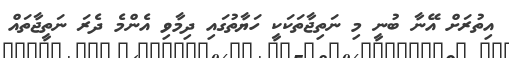
އިތުރަށް އޭނާ ބުނީ މި ނަތިޖާތަކަކީ ހަޔާތުގައި ދިމާވި އެންމެ ދެރަ ނަތީޖާތައް